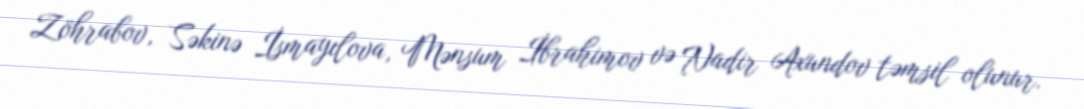
Zöhrabov, Səkinə İsmayılova, Mənsum İbrahimov və Nadir Axundov təmsil olunur.